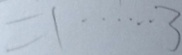
= 1 \cdots 3